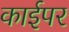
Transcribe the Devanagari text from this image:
काईपर